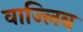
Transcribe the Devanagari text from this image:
वाज्लिब